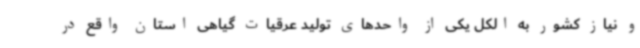
و نیاز کشور به الکل یکی از واحدهای تولید عرقیات گیاهی استان واقع در